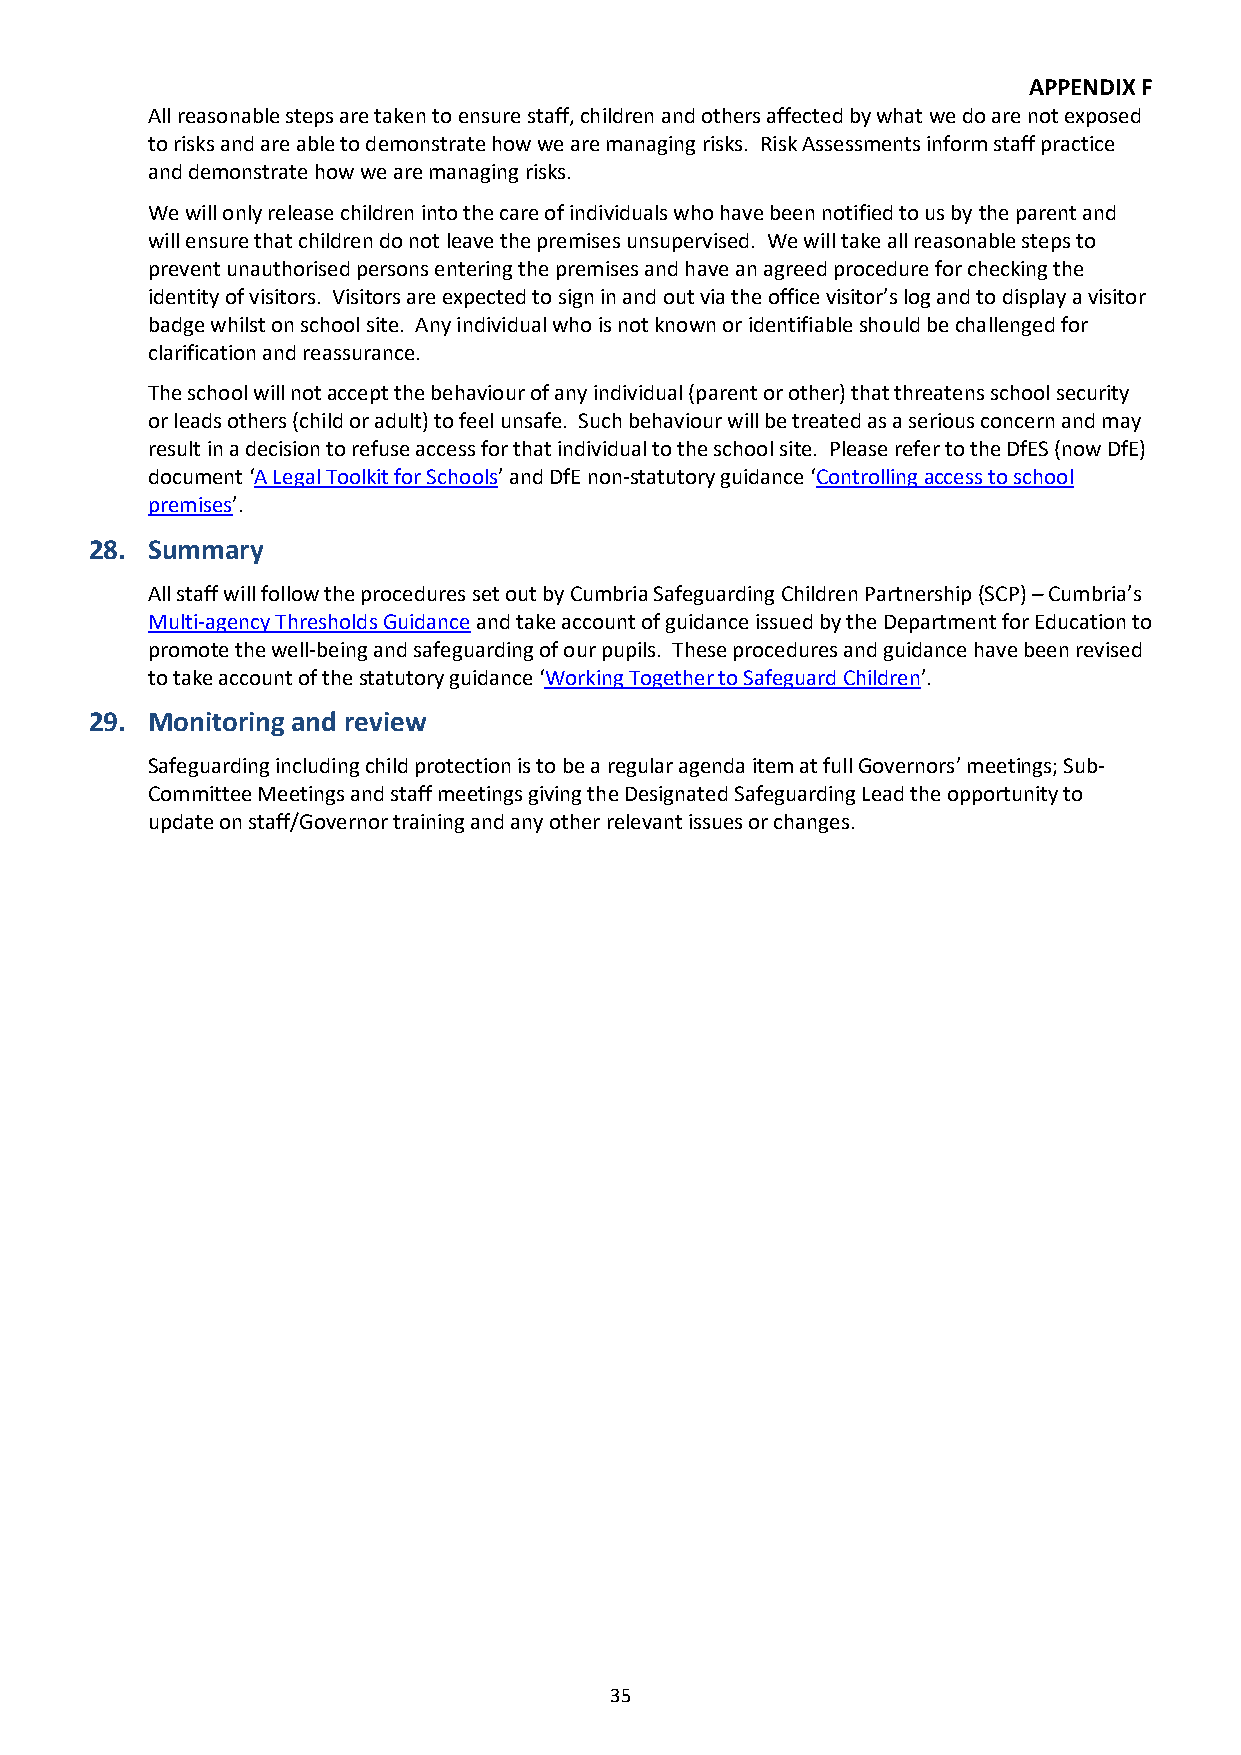
APPENDIX F
 All reasonable steps are taken to ensure staff, children and others affected by what we do are not exposed
 to risks and are able to demonstrate how we are managing risks. Risk Assessments inform staff practice
 and demonstrate how we are managing risks.
 We will only release children into the care of individuals who have been notified to us by the parent and
 will ensure that children do not leave the premises unsupervised. We will take all reasonable steps to
 prevent unauthorised persons entering the premises and have an agreed procedure for checking the
 identity of visitors. Visitors are expected to sign in and out via the office visitor’s log and to display a visitor
 badge whilst on school site. Any individual who is not known or identifiable should be challenged for
 clarification and reassurance.
 The school will not accept the behaviour of any individual (parent or other) that threatens school security
 or leads others (child or adult) to feel unsafe. Such behaviour will be treated as a serious concern and may
 result in a decision to refuse access for that individual to the school site. Please refer to the DfES (now DfE)
 document ‘A Legal Toolkit for Schools’ and DfE non-statutory guidance ‘Controlling access to school
 premises’.
 28. Summary
 All staff will follow the procedures set out by Cumbria Safeguarding Children Partnership (SCP) – Cumbria’s
 Multi-agency Thresholds Guidance and take account of guidance issued by the Department for Education to
 promote the well-being and safeguarding of our pupils. These procedures and guidance have been revised
 to take account of the statutory guidance ‘Working Together to Safeguard Children’.
 29. Monitoring and review
 Safeguarding including child protection is to be a regular agenda item at full Governors’ meetings; Sub-
 Committee Meetings and staff meetings giving the Designated Safeguarding Lead the opportunity to
 update on staff/Governor training and any other relevant issues or changes.
 35